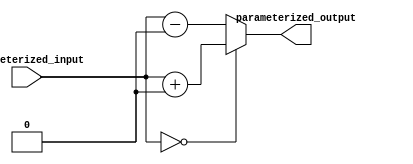
module parameterized_module #(parameter PARAM1 = 0, PARAM2 = 0)(
    input [PARAM1-1:0] parameterized_input,
    output reg [PARAM2-1:0] parameterized_output
);

always @* begin
    // Internal logic based on parameter values
    if (parameterized_input == PARAM1) begin
        parameterized_output = parameterized_input + PARAM2;
    end else begin
        parameterized_output = parameterized_input - PARAM2;
    end
end

endmodule